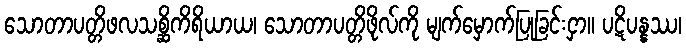
သောတာပတ္တိဖလသစ္ဆိကိရိယာယ၊ သောတာပတ္တိဖိုလ်ကို မျက်မှောက်ပြုခြင်းငှာ။ ပဋိပန္နဿ၊